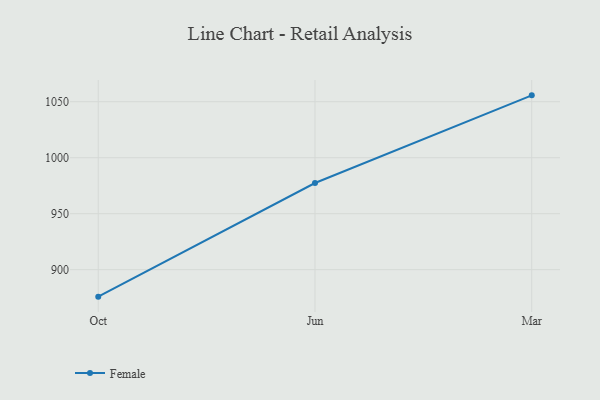
{"axis": {"x": "Month", "y": "Revenue (USD Million)"}, "legend": ["Female"], "data": [{"x": "Oct", "y": 875.9, "type": "Female"}, {"x": "Jun", "y": 977.4, "type": "Female"}, {"x": "Mar", "y": 1055.7, "type": "Female"}]}